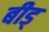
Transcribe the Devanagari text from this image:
बीड्